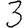
Digit: 3